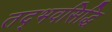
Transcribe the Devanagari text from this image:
तद्भवसिद्धि